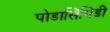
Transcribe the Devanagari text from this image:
पोडासिंगिडी